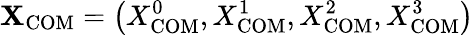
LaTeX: \mathbf{X}_{\mathrm{COM}}=\left(X_{\mathrm{COM}}^{0},X_{\mathrm{COM}}^{1},X_{\mathrm{COM}}^{2},X_{\mathrm{COM}}^{3}\right)